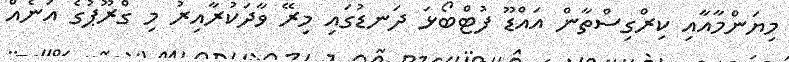
މިޔަންމާއާއި ކިރްގިސްތާން އައްޑޫ ފުޓްބޯޅަ ދަނޑުގައި މިރޭ ވާދަކުރާއިރު މި ގްރޫޕުގެ އަނެއް